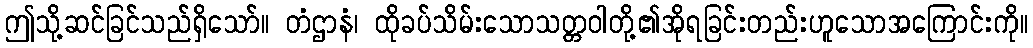
ဤသို့ဆင်ခြင်သည်ရှိသော်။ တံဌာနံ၊ ထိုခပ်သိမ်းသောသတ္တဝါတို့၏အိုရခြင်းတည်းဟူသောအကြောင်းကို။